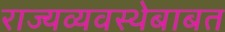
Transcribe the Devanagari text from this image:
राज्यव्यवस्थेबाबत